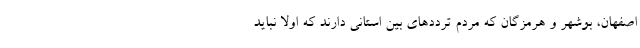
اصفهان، بوشهر و هرمزگان که مردم ترددهای بین استانی دارند که اولا نباید